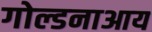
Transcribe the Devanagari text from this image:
गोल्डनाआय